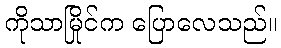
ကိုသာမြိုင်က ပြောလေသည်။